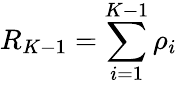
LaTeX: R_{K-1}=\sum_{i=1}^{K-1}\rho_{i}